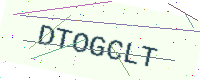
Text: DTOGCLT